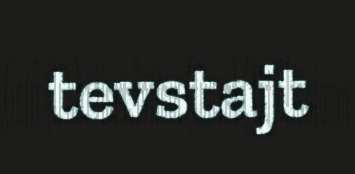
tevstajt